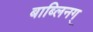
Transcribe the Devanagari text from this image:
बाब्लिनग्